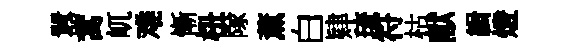
囂蒿屼难慚杻隊薫白肄琉符枯献緝燈